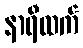
နာရီထက်